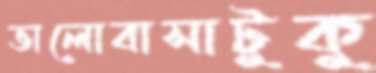
ভালোবাসাটুকু